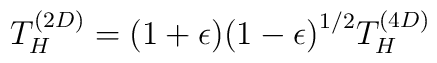
T_{H}^{(2D)} = (1+\epsilon){(1-\epsilon)}^{1/2} T_{H}^{(4D)}